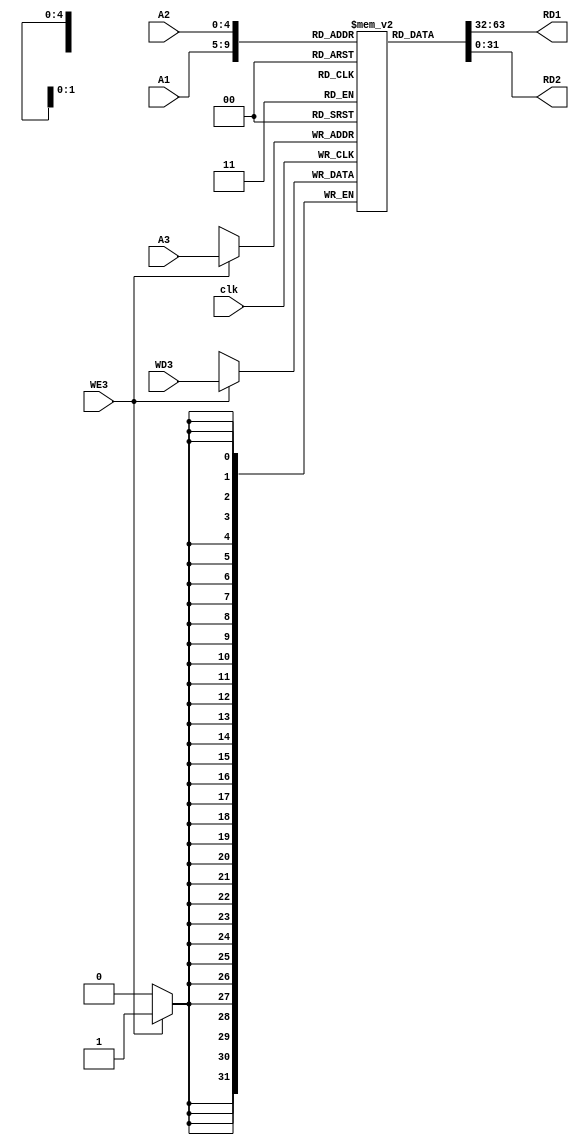
module register_file(clk, A1, A2, A3, WD3, WE3, RD1, RD2);

	input clk;
	input [4:0] A1, A2, A3;
	input [31:0] WD3;
	input WE3;
	
	output [31:0] RD1, RD2;
	
	reg [31:0] registers [0:31];
	
	initial 
		registers[0] = 32'b0;
	
	always @(posedge clk) begin
		if (WE3 == 1'b1)
			registers[A3] <= WD3;
	end 
	
	
	assign RD1 = registers[A1];
	assign RD2 = registers[A2];
	
endmodule